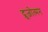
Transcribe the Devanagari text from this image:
द्रूजोत्मन